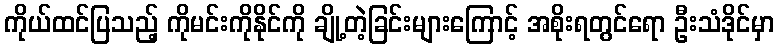
ကိုယ်ထင်ပြသည့် ကိုမင်းကိုနိုင်ကို ချို့တဲ့ခြင်းများကြောင့် အစိုးရတွင်ရော ဦးသံဒိုင်မှာ